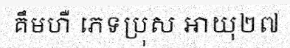
គឹមហឺ ភេទប្រុស អាយុ២៧